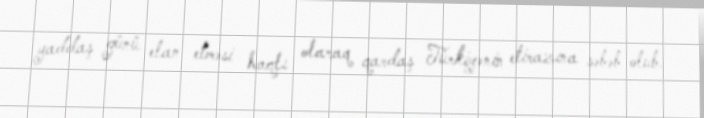
yaddaş günü elan etməsi haqlı olaraq qardaş Türkiyənin etirazına səbəb olub.